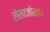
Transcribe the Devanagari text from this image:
लेखाजोखा।